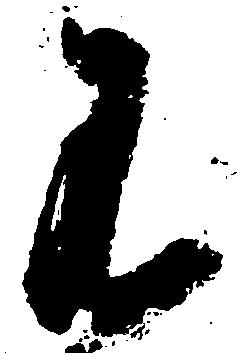
不